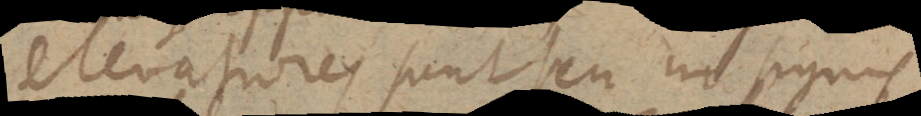
elevatiores sunt seu in signis